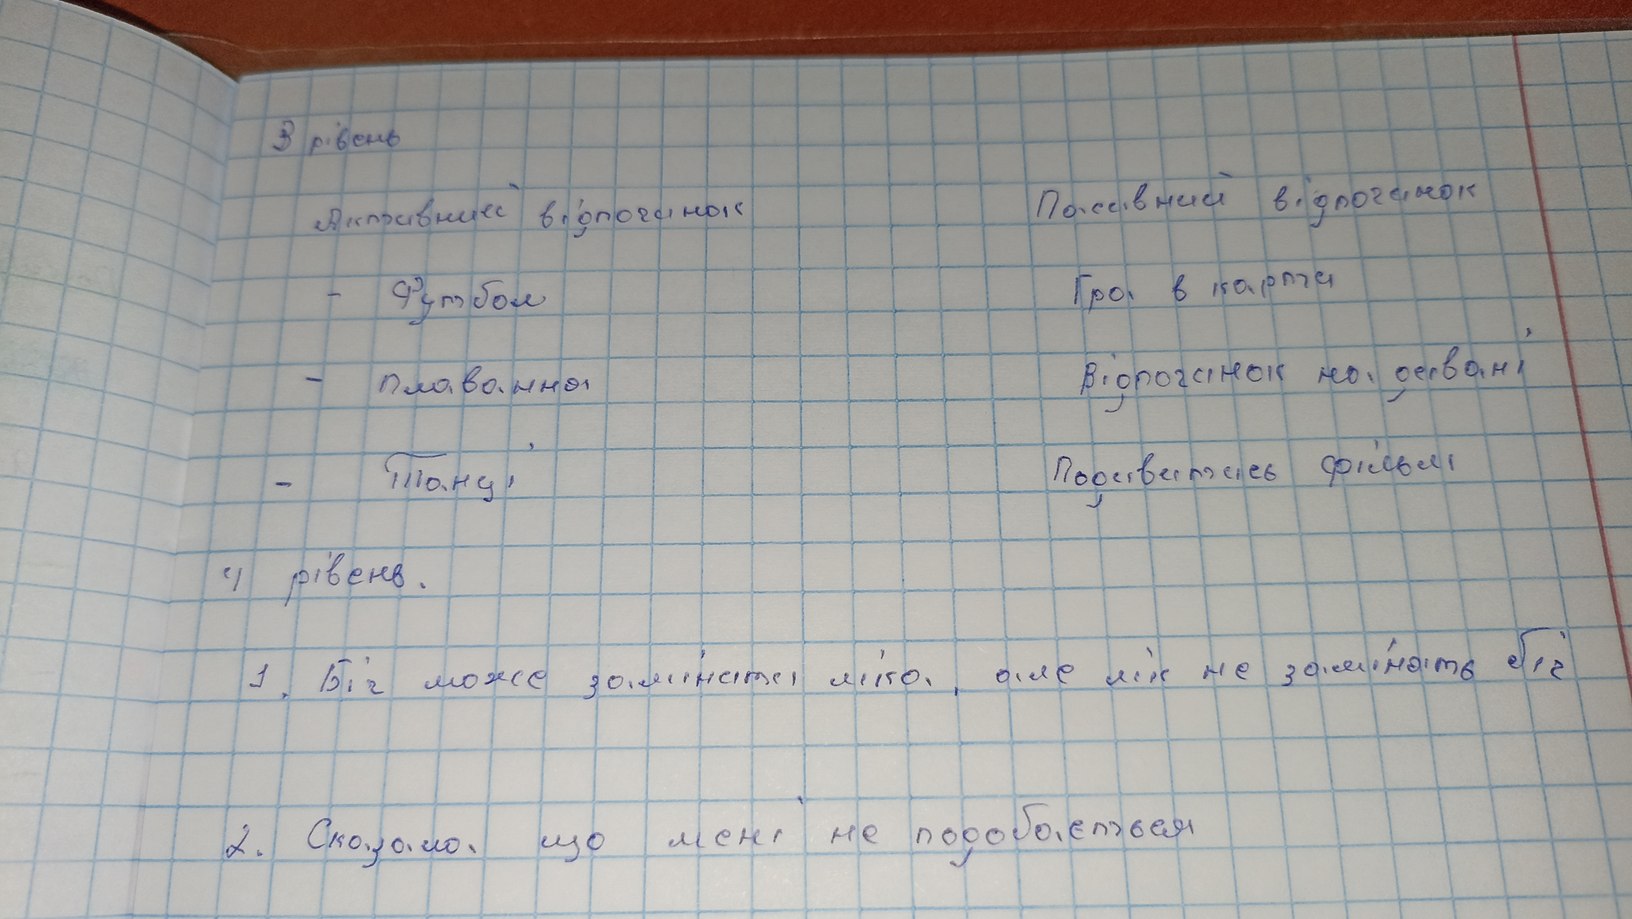
3 рівень
Пасивний відпочинок
Активний відпочинок
Гра в карти
- футбол
Відпочинок на дивані
- плавання
Подивитися фільм
- Танц,
4 рівень.
1. Біг може замінити ліка, але лік не замінять біг
2. Сказала, що мені не подобається